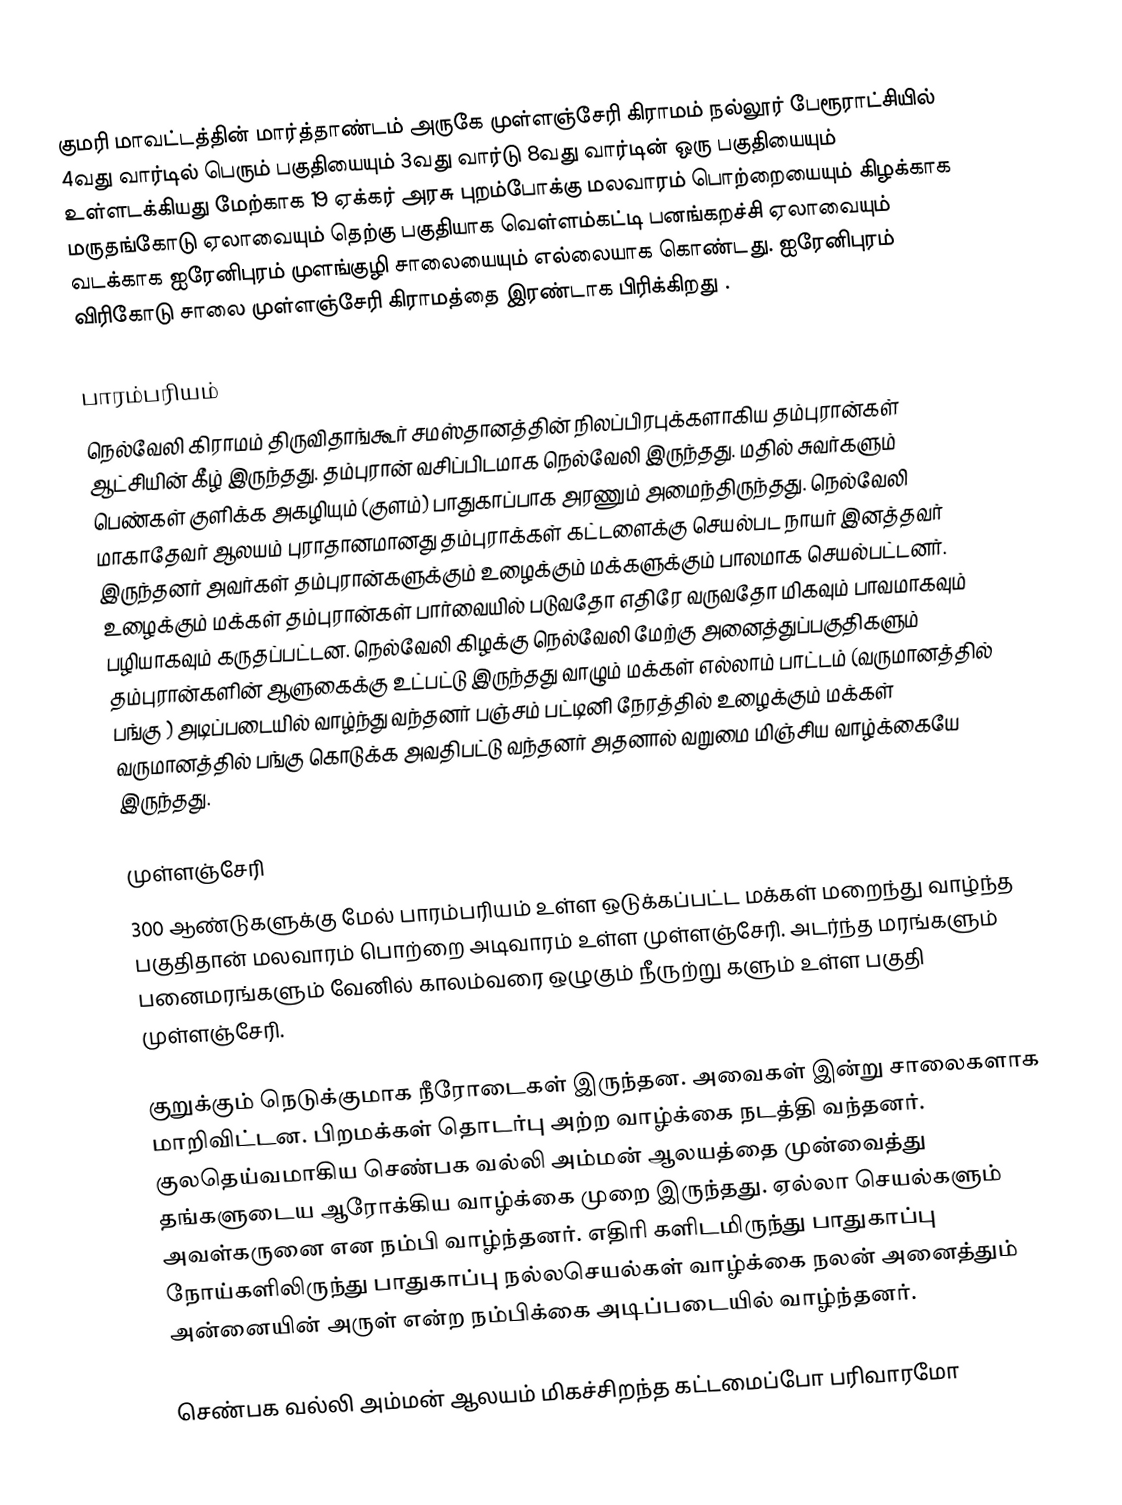
குமரி மாவட்டத்தின் மார்த்தாண்டம் அருகே முள்ளஞ்சேரி கிராமம் நல்லூர் பேரூராட்சியில் 4வது வார்டில்  பெரும் பகுதியையும் 3வது வார்டு 8வது வார்டின் ஒரு பகுதியையும் உள்ளடக்கியது  மேற்காக 19 ஏக்கர் அரசு புறம்போக்கு மலவாரம் பொற்றையையும் கிழக்காக மருதங்கோடு ஏலாவையும்  தெற்கு பகுதியாக  வெள்ளம்கட்டி பனங்கறச்சி ஏலாவையும் வடக்காக ஐரேனிபுரம் முளங்குழி சாலையையும் எல்லையாக கொண்டது. ஐரேனிபுரம் விரிகோடு சாலை முள்ளஞ்சேரி கிராமத்தை இரண்டாக பிரிக்கிறது .

பாரம்பரியம்
நெல்வேலி கிராமம் திருவிதாங்கூர் சமஸ்தானத்தின்  நிலப்பிரபுக்களாகிய  தம்புரான்கள் ஆட்சியின் கீழ் இருந்தது. தம்புரான் வசிப்பிடமாக நெல்வேலி இருந்தது. மதில் சுவர்களும் பெண்கள் குளிக்க அகழியும் (குளம்)  பாதுகாப்பாக அரணும் அமைந்திருந்தது. நெல்வேலி மாகாதேவர் ஆலயம்  புராதானமானது தம்புராக்கள் கட்டளைக்கு செயல்பட நாயர் இனத்தவர் இருந்தனர் அவர்கள் தம்புரான்களுக்கும்  உழைக்கும் மக்களுக்கும் பாலமாக செயல்பட்டனர். உழைக்கும் மக்கள் தம்புரான்கள் பார்வையில் படுவதோ எதிரே வருவதோ மிகவும் பாவமாகவும் பழியாகவும் கருதப்பட்டன.  நெல்வேலி கிழக்கு நெல்வேலி மேற்கு அனைத்துப்பகுதிகளும் தம்புரான்களின் ஆளுகைக்கு உட்பட்டு இருந்தது  வாழும் மக்கள் எல்லாம் பாட்டம் (வருமானத்தில் பங்கு ) அடிப்படையில்  வாழ்ந்து வந்தனர் பஞ்சம் பட்டினி நேரத்தில்  உழைக்கும் மக்கள்  வருமானத்தில் பங்கு கொடுக்க அவதிபட்டு  வந்தனர் அதனால் வறுமை  மிஞ்சிய வாழ்க்கையே இருந்தது.

முள்ளஞ்சேரி
300 ஆண்டுகளுக்கு மேல் பாரம்பரியம் உள்ள ஒடுக்கப்பட்ட மக்கள் மறைந்து வாழ்ந்த   பகுதிதான் மலவாரம் பொற்றை அடிவாரம் உள்ள முள்ளஞ்சேரி. அடர்ந்த மரங்களும்  பனைமரங்களும் வேனில் காலம்வரை  ஒழுகும் நீருற்று களும்  உள்ள பகுதி   முள்ளஞ்சேரி.

குறுக்கும் நெடுக்குமாக  நீரோடைகள் இருந்தன. அவைகள் இன்று சாலைகளாக மாறிவிட்டன. பிறமக்கள் தொடர்பு அற்ற  வாழ்க்கை நடத்தி வந்தனர்.  குலதெய்வமாகிய செண்பக வல்லி அம்மன் ஆலயத்தை முன்வைத்து  தங்களுடைய ஆரோக்கிய வாழ்க்கை முறை இருந்தது. ஏல்லா செயல்களும்  அவள்கருனை  என நம்பி வாழ்ந்தனர்.  எதிரி களிடமிருந்து  பாதுகாப்பு நோய்களிலிருந்து பாதுகாப்பு நல்லசெயல்கள் வாழ்க்கை நலன் அனைத்தும் அன்னையின்  அருள் என்ற நம்பிக்கை  அடிப்படையில்  வாழ்ந்தனர்.

செண்பக வல்லி அம்மன் ஆலயம் மிகச்சிறந்த கட்டமைப்போ பரிவாரமோ